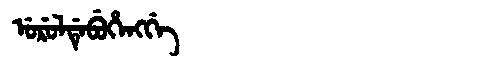
Manchu: ᡠᡵᡠᠯᡩᡝᠪᡠᡥᡝᠩᡤᡝ
Romanization: URULDEBUHENGGE